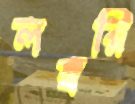
লম্বরি